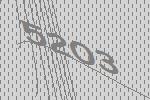
5203